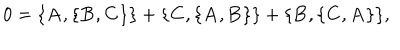
LaTeX: 0 = \{ { \bf A } , \{ { \bf B } , { \bf C } \} \} + \{ { \bf C } , \{ { \bf A } , { \bf B } \} \} + \{ { \bf B } , \{ { \bf C } , { \bf A } \} \} ,